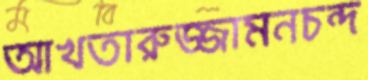
আখতারুজ্জামনচন্দ